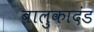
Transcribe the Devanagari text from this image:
बालुकादंड